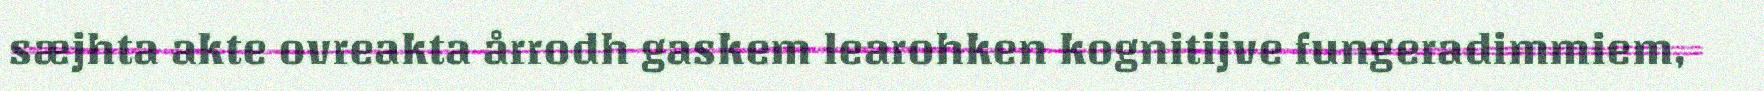
sæjhta akte ovreakta årrodh gaskem learohken kognitijve fungeradimmiem,